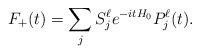
LaTeX: \begin{align*}F_+(t)=\sum_j S_j^\ell e^{-itH_0} P_j^\ell(t).\end{align*}